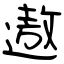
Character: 遨